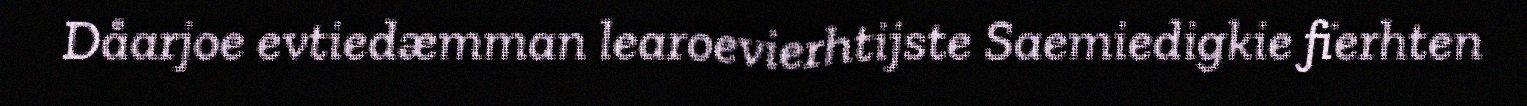
Dåarjoe evtiedæmman learoevierhtijste Saemiedigkie fïerhten